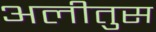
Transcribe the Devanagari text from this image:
अलीतुस